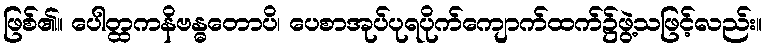
ဖြစ်၏။ ပေါတ္ထကနိဗန္ဓတောပိ၊ ပေစာအုပ်ပုရပိုက်ကျောက်ထက်၌ဖွဲ့သဖြင့်လည်း။